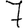
Digit: 7